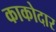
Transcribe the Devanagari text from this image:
काकोदार